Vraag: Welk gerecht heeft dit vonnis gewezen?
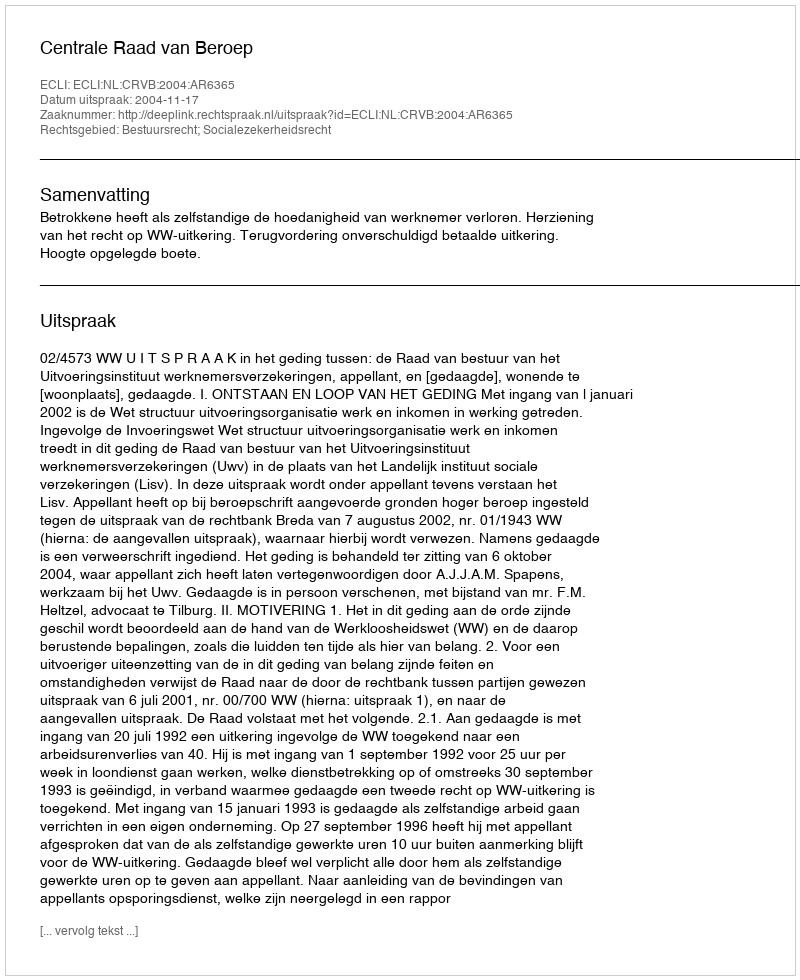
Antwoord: Centrale Raad van Beroep